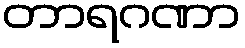
တာရဂဏာ